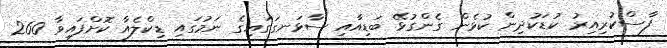
ފާސްކުރިއިރު ކުޑަކުދިން ކުޅެން ގެންގުޅޭ ބަޑިއާއި ސާޅަނގަގައިގެ ނަމުގައި ޑިކްލެއާ ކޮށްފައިވާ 260